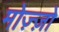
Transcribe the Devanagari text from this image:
मोज़्ज़ो